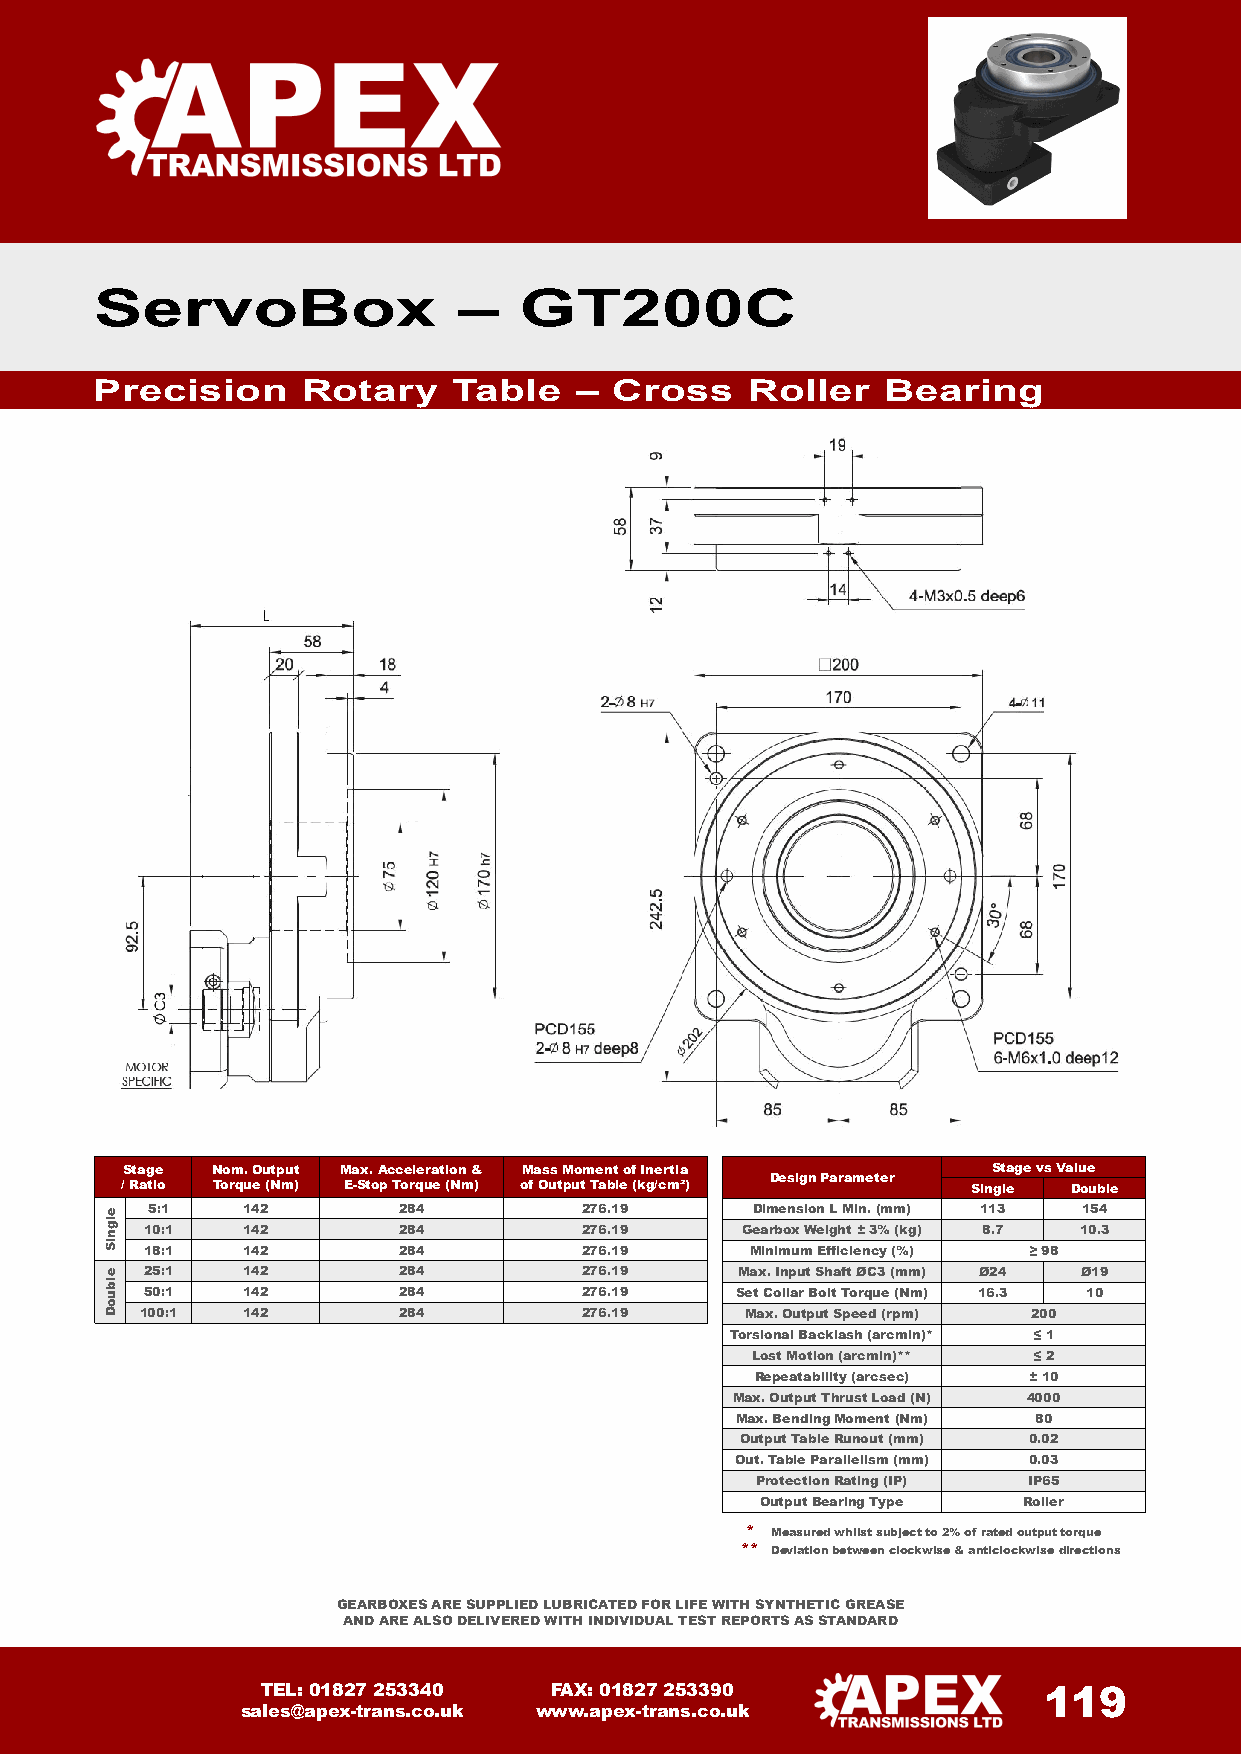
ServoBox                –   GT200C
 Precision     Rotary    Table   – Cross    Roller   Bearing
 Stage Nom.Output Max.Acceleration & Mass Momentof Inertia Stage vs Value
 Design Parameter
 / Ratio Torque (Nm) E-Stop Torque (Nm) of Output Table (kg/cm²) Single Double
 5:1   142       284         276.19      Dimension L Min.(mm) 113 154
 10:1  142       284         276.19     Gearbox Weight ±3% (kg) 8.7 10.3
 18:1  142       284         276.19      Minimum Efficiency (%) ≥ 98
 25:1  142       284         276.19     Max. Input Shaft ØC3 (mm) Ø24 Ø19
 50:1  142       284         276.19     Set Collar Bolt Torque (Nm) 16.3 10
 100:1  142       284         276.19     Max.Output Speed (rpm) 200
 Torsional Backlash (arcmin)* ≤ 1
 Lost Motion (arcmin)** ≤ 2
 Repeatability (arcsec) ±10
 Max. Output Thrust Load (N) 4000
 Max. BendingMoment (Nm) 80
 Output Table Runout (mm) 0.02
 Out.Table Parallelism(mm) 0.03
 ProtectionRating (IP) IP65
 OutputBearing Type Roller
 * Measured whilst subject to 2% of rated output torque
 ** Deviation between clockwise & anticlockwise directions
 GEARBOXES ARE SUPPLIED LUBRICATED FOR LIFE WITH SYNTHETIC GREASE
 AND ARE ALSO DELIVERED WITH INDIVIDUAL TEST REPORTS AS STANDARD
 TEL: 01827 253340  FAX: 01827 253390                119
 sales@apex-trans.co.uk www.apex-trans.co.uk
 elgniS
 elbuoD